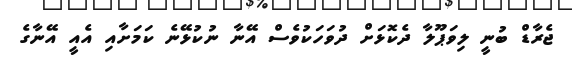
ޖެރާޑް ބުނީ ލިވަޕޫލާ ދެކޮޅަށް ދުވަހަކުވެސް އޭނާ ނުކުޅޭނެ ކަމަށާއި އެއީ އޭނާގެ